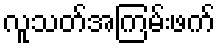
လူသတ်အကြမ်းဖက်